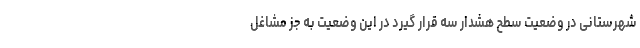
شهرستانی در وضعیت سطح هشدار سه قرار گیرد در این وضعیت به جز مشاغل